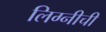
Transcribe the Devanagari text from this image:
लिग्नीची